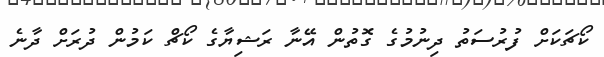
ކޯޗަކަށް ފުރުސަތު ދިނުމުގެ ގޮތުން އޭނާ ރަޝިޔާގެ ކޯޗް ކަމުން ދުރަށް ދާނެ